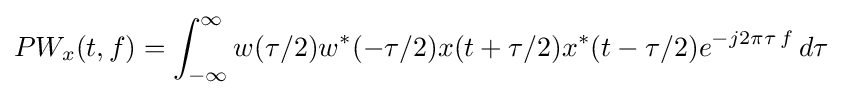
PW_{x}(t,f)=\int _{-\infty }^{\infty }w(\tau /2)w^{*}(-\tau /2)x(t+\tau /2)x^{*}(t-\tau /2)e^{-j2\pi \tau \,f}\,d\tau